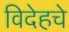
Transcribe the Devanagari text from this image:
विदेहचे